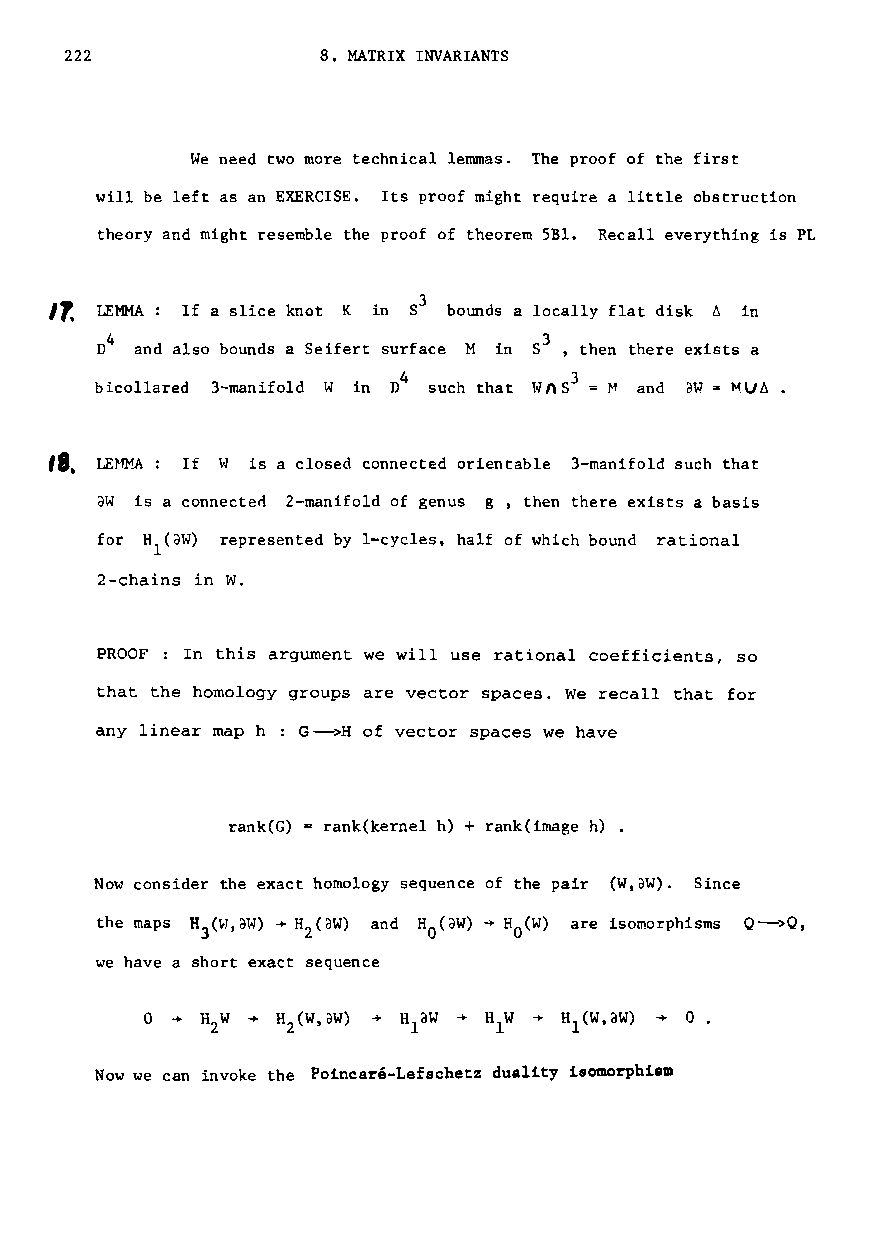
222              8. l1ATRIX INVARIANTS
 We need two more technical lemmas. The proof of the first
 will be left as an EXERCISE. Its proof might require a little obstruction
 theory and might resemble the proof of theorem SBl. Recall everything is PL
 I, LEMMA: If a slice knot K in 53 bounds a locally flat disk ~ in
 I.
 4
 n  and also bounds a Seifert surface M in S3, then there exists a
 bicollared 3-manifold W in
 n4
 such that
 l~ns3 =}~
 and
 a~7
 = MU6 •
 18. LE}~A: If W is a closed connected orientable 3-manifold such that
 aw is a connecten 2-manifold of genus g, then there exists a basis
 for Hl(aW) represented by I-cycles, half of which bound rational
 2-chains in W.
 PROOF : In this argument we will use rational coefficients, so
 that the homology groups are vector spaces. We recall that for
 any linear map h : G-->H of vector spaces we have
 rank(G) rank(kernel h) + rank(image h) •
 Now consider the exact homology sequence of the pair (W,aW). Since
 we have a short exact sequence
 Now we can invoke the Poincare-Lefschetz duality isomorphism